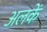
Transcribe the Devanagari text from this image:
अलकें